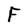
Character: F